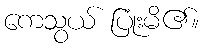
ကေသွယ် ပြုံးမိ၏။